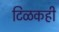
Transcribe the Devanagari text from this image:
टिळकही